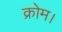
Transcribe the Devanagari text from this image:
क्रोम।